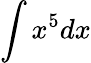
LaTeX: \int x^{5}dx